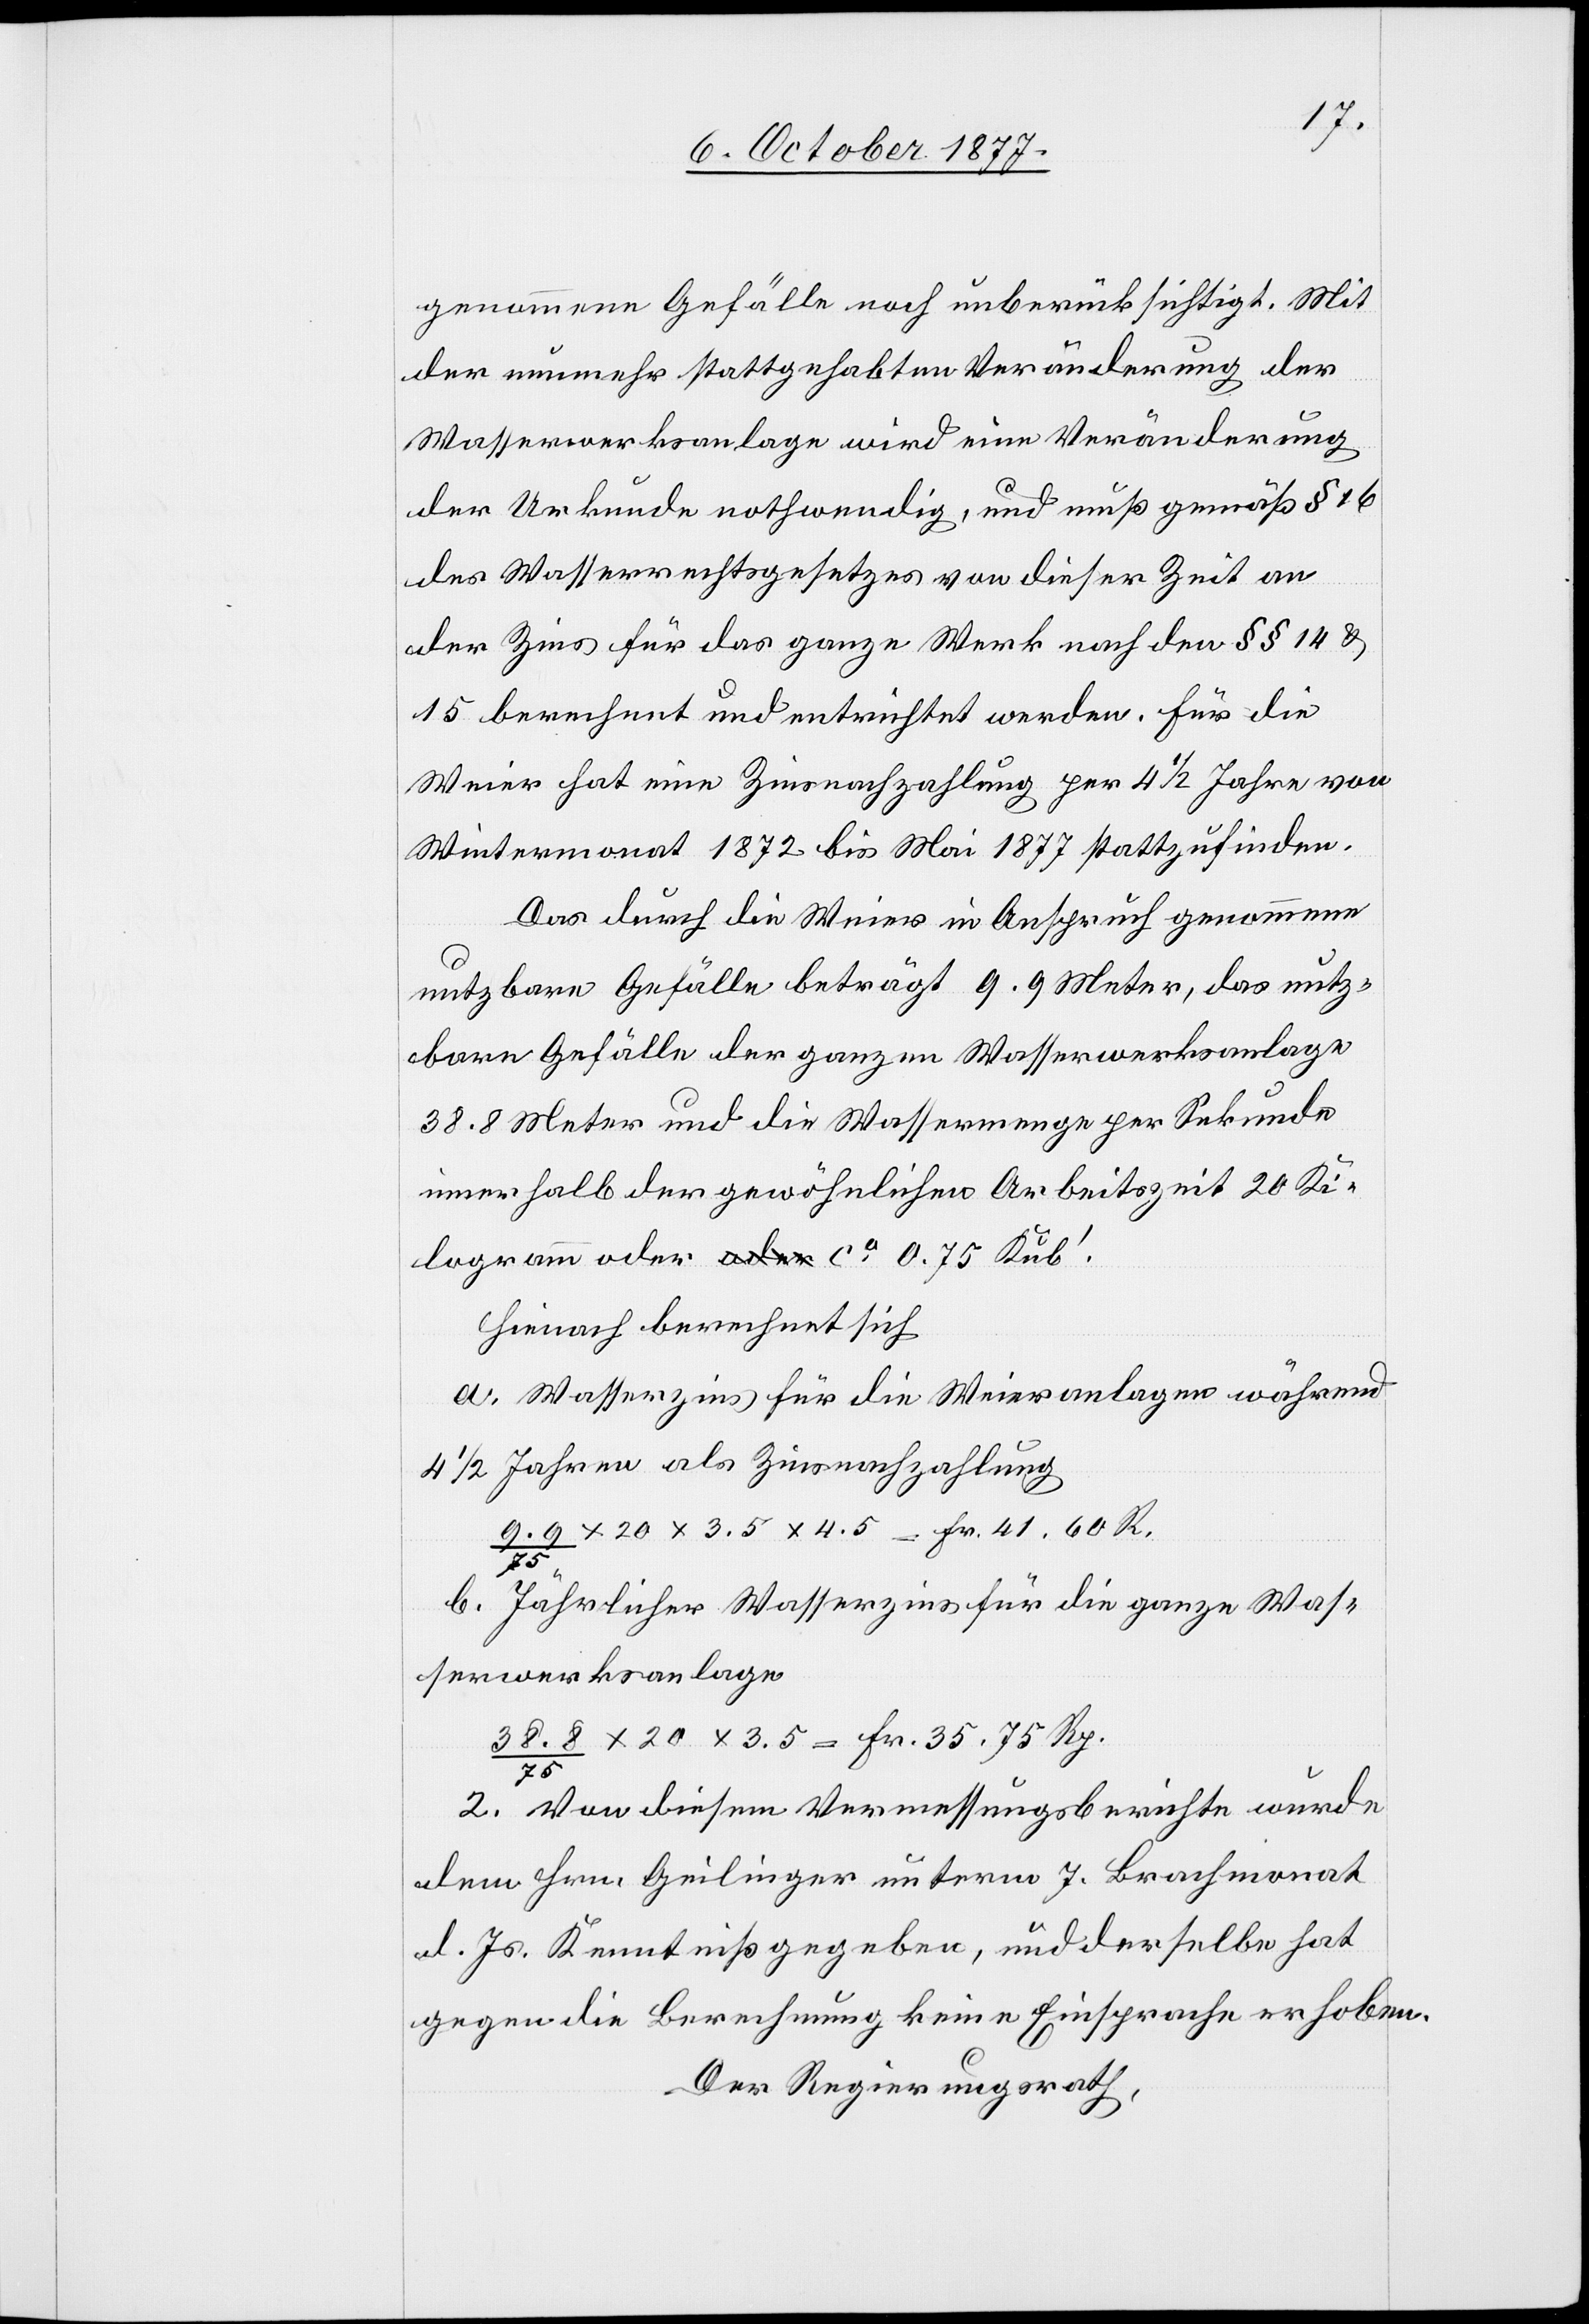
genommene Gefälle noch unberücksichtigt. Mit
der nunmehr stattgehabten Veränderung der
Wasserwerksanlage wird eine Veränderung
der Urkunde nothwendig, und muß gemäß § 16
des Wasserrechtsgesetzes von dieser Zeit an
der Zins für das ganze Werk nach den §§ 14 &
15 berechnet und entrichtet werden. Für die
Weier hat eine Zinsnachzahlung per 4 1/2 Jahre von
Wintermonat 1872 bis Mai 1877 stattzufinden.
Das durch die Weier in Anspruch genommene
nutzbare Gefälle beträgt 9.9 Meter, das nutz¬
bare Gefälle der ganzen Wasserwerksanlage
38.8 Meter und die Wassermenge per Sekunde
innerhalb der gewöhnlichen Arbeitszeit 20 Ki¬
logramm oder a-oder-a ca 0.75 Kub‘.
Hienach berechnet sich
Wasserzins für die Weieranlagen während
4 1/2 Jahren als Zinsnachzahlung
9.9 / 75 x 20 x 3.5 x 4.5 = Fr. 41. 60 R.
b.
Jährlicher Wasserzins für die ganze Was¬
serwerksanlage
38.8 / 75 x 20 x 3.5 = Fr. 35. 75 Rp.
2.
Von diesem Vermessungsberichte wurde
dem Hrn. Geilinger unterm 7. Brachmonat
d. Js. Kenntniß gegeben, und derselbe hat
gegen die Berechnung keine Einsprache erhoben.
Der Regierungsrath,